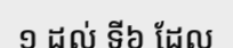
១ ដល់ ទី៦ ដែល